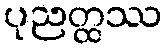
ပုညတ္ထဿ